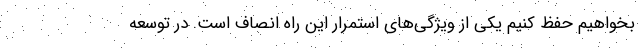
بخواهیم حفظ کنیم یکی از ویژگی‌های استمرار این راه انصاف است. در توسعه